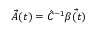
\vec { A } ( t ) = \hat { C } ^ { - 1 } \vec { \beta ( t ) }